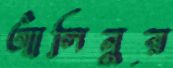
আলিনুর